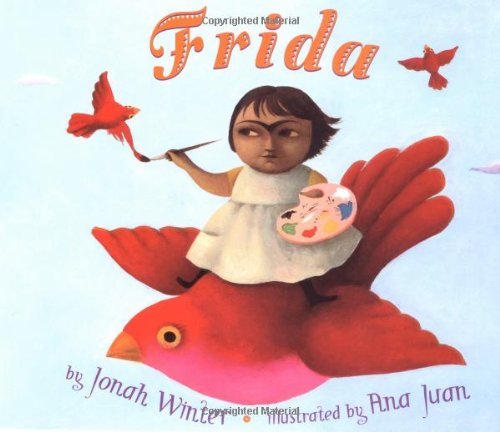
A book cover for Frida (English Language Edition); Jonah Winter; Children's Books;